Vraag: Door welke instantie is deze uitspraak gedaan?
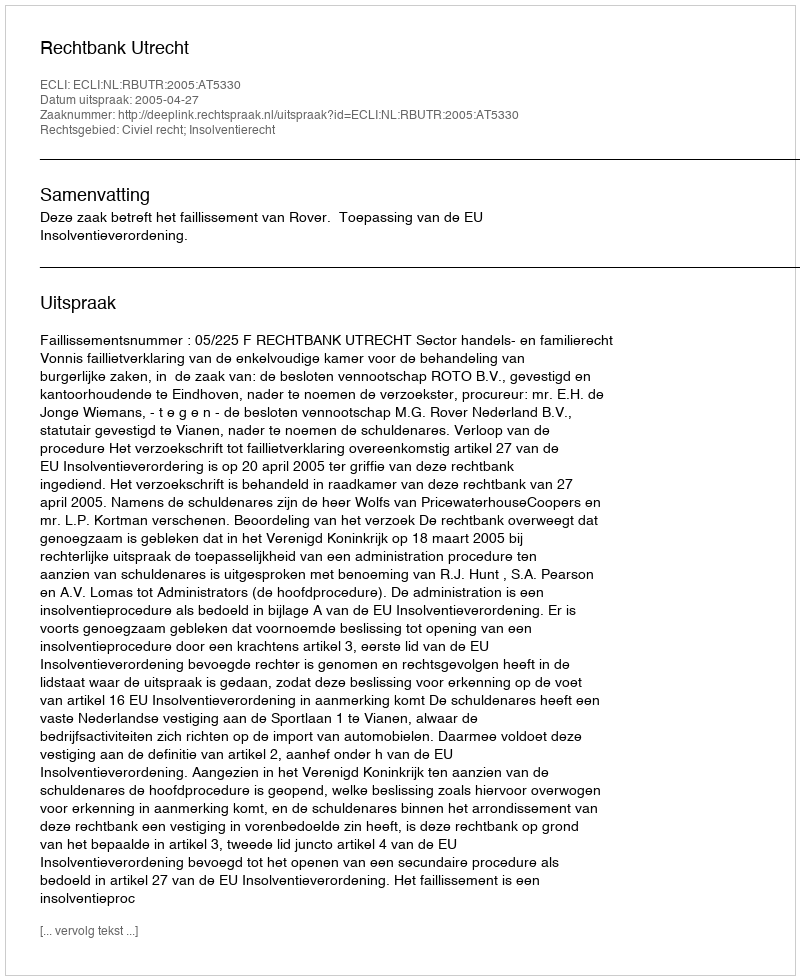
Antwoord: Rechtbank Utrecht